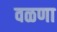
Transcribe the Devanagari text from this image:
वळणा